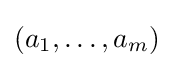
(a_{1},\dots ,a_{m})